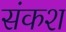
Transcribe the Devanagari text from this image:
संकश